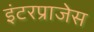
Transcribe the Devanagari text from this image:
इंटरप्राजेस